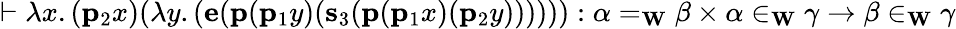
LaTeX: \vdash\lambda x.(\mathbf{p}_{2}x)(\lambda y.(\mathbf{e}(\mathbf{p}(\mathbf{p}_{1}y)(\mathbf{s}_{3}(\mathbf{p}(\mathbf{p}_{1}x)(\mathbf{p}_{2}y)))))):\alpha=_{\mathbf{W}}\beta\times\alpha\in_{\mathbf{W}}\gamma\rightarrow\beta\in_{\mathbf{W}}\gamma